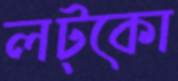
লট্‌কো